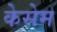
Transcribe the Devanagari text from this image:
केसेम